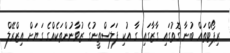
ރިޕޯޓްތައް ބުނާ ގޮތުގައި ގާޒާގައި ގާ އުކި ފަލަސްތީނުގެ ޒުވާނުންތަކެއްގެ ގަޔަށް އިޒްރޭލް